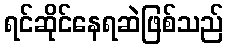
ရင်ဆိုင်နေရဆဲဖြစ်သည်